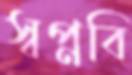
স্বপ্নবি